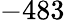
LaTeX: -483